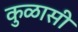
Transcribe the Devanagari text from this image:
कुळासी